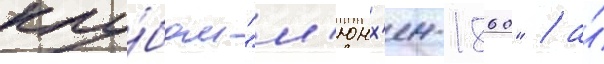
клу́бом "м'юнх'ен-1860" / а́